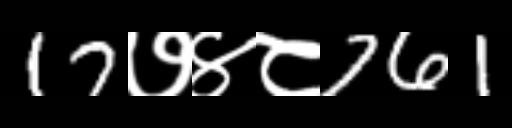
Text: 17७४८761